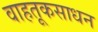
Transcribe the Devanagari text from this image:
वाहतूकसाधन